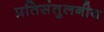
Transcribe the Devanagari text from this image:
प्रतिसंतुलनीय